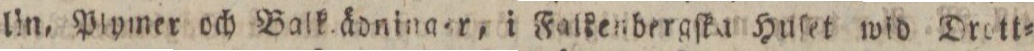
lin, Piymer och Balk ädninger, i Falkenbergſka Huſet wid Drott=